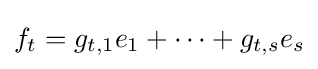
f_{t}=g_{t,1}e_{1}+\dotsb +g_{t,s}e_{s}